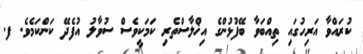
ކުރައްވާ އަރިހުގައި ތިއްބަވާ ބޭފުޅުންގެ އިޚްލާސްތެރި ކަމަކީވެސް ސުވާލު އުފެދޭ ކަންކަމެވެ. ފ.